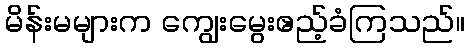
မိန်းမများက ကျွေးမွေးဧည့်ခံကြသည်။